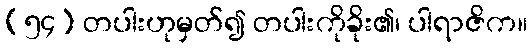
(၅၄) တပါးဟုမှတ်၍ တပါးကိုခိုး၏၊ ပါရာဇိက။